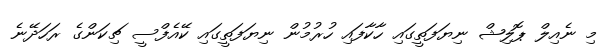
މި ނެއިލް ޕޮލިޝް ނިޔަފަތީގައި ހާކާފައި ހުރުމުން ނިޔަފަތީގައި ކޭއެފްސީ ޗިކަންގެ ރަހަދޭނެ